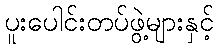
ပူးပေါင်းတပ်ဖွဲ့များနှင့်